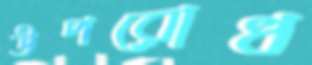
উপরোধ